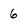
Character: 6